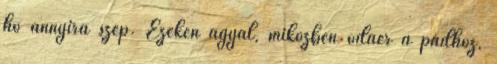
hó annyira szép. Ezeken agyal, miközben odaér a padhoz,